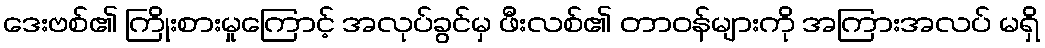
ဒေးဗစ်၏ ကြိုးစားမှုကြောင့် အလုပ်ခွင်မှ ဖီးလစ်၏ တာဝန်များကို အကြားအလပ် မရှိ